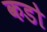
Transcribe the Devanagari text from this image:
कडो